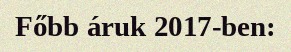
Főbb áruk 2017-ben: